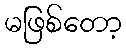
မဖြစ်တော့